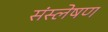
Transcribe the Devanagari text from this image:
संस्लेषण